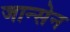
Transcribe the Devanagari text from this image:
जान्सेन